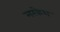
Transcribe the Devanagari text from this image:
मरकेश